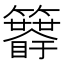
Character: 𥷯